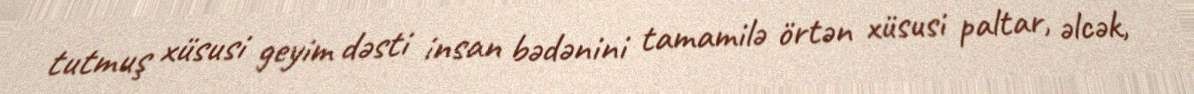
tutmuş xüsusi geyim dəsti insan bədənini tamamilə örtən xüsusi paltar, əlcək,